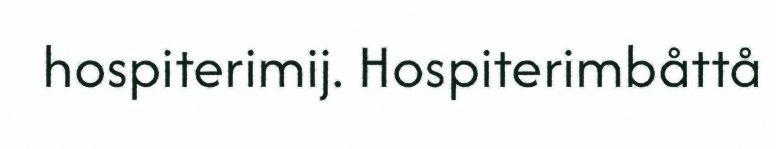
hospiterimij. Hospiterimbåttå